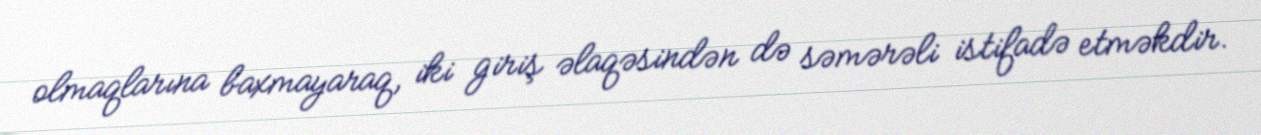
olmaqlarına baxmayaraq, iki giriş əlaqəsindən də səmərəli istifadə etməkdir.